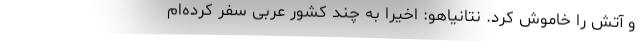
و آتش را خاموش کرد. نتانیاهو‌: اخیرا به چند کشور عربی سفر کرده‌ام